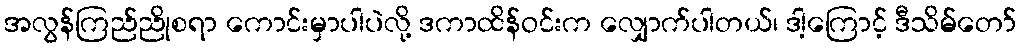
အလွန်ကြည်ညိုစရာ ကောင်းမှာပါပဲလို့ ဒကာထိန်ဝင်းက လျှောက်ပါတယ်၊ ဒါ့ကြောင့် ဒီသိမ်တော်